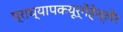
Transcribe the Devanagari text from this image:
प्राध्यापकयूर्गेंहेश्लेर